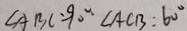
\angle A B C = 9 0 ^ { \circ } \angle A C B : 6 0 ^ { \circ }